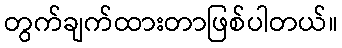
တွက်ချက်ထားတာဖြစ်ပါတယ်။